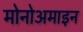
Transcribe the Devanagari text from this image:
मोनोअमाइन